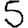
Digit: 5